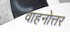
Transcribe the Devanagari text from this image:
वाहनोत्तर